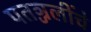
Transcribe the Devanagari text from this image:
पतञ्जलींचे